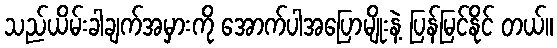
သည်ယိမ်းခါချက်အမှားကို အောက်ပါအပြောမျိုးနဲ့ ပြန်မြင်နိုင် တယ်။